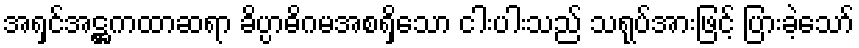
အရှင်အဋ္ဌကထာဆရာ ခိပ္ပာဓိဂမအစရှိသော ငါးပါးသည် သရုပ်အားဖြင့် ပြားခဲ့သော်